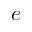
\boldsymbol { e }